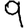
Digit: 9